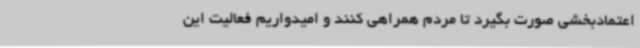
اعتمادبخشی صورت بگیرد تا مردم همراهی کنند و امیدواریم فعالیت این